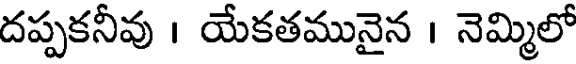
దప్పకనీవు । యేకతమునైన । నెమ్మిలో